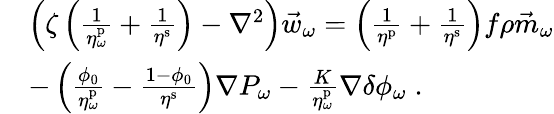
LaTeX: \begin{array}{rl}&{\left(\zeta\left(\frac{1}{\eta_{\omega}^{\mathrm{p}}}+\frac{1}{\eta^{\mathrm{s}}}\right)-\nabla^{2}\right)\vec{w}_{\omega}=\left(\frac{1}{\eta^{\mathrm{p}}}+\frac{1}{\eta^{\mathrm{s}}}\right)f\rho\vec{m}_{\omega}}\\ &{-\left(\frac{\phi_{0}}{\eta_{\omega}^{\mathrm{p}}}-\frac{1-\phi_{0}}{\eta^{\mathrm{s}}}\right)\nabla P_{\omega}-\frac{K}{\eta_{\omega}^{\mathrm{p}}}\nabla\delta\phi_{\omega}\; .}\end{array}